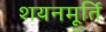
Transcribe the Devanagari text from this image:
शयनमूर्ति